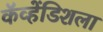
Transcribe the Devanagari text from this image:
कॅव्हेंडिशला